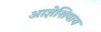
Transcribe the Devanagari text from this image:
आज्ञेशिवाय